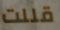
قللت